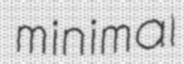
minimal